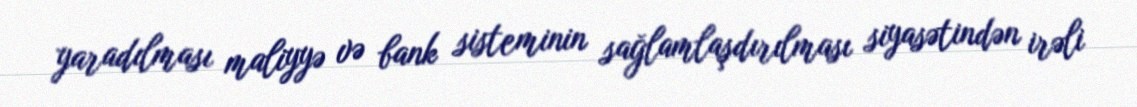
yaradılması maliyyə və bank sisteminin sağlamlaşdırılması siyasətindən irəli